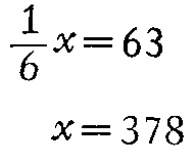
\[\begin{align*}

\frac{1}{6}x&=63\\

x&=378

\end{align*}\]